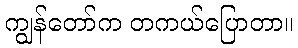
ကျွန်တော်က တကယ်ပြောတာ။